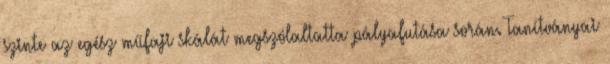
szinte az egész műfaji skálát megszólaltatta pályafutása során. Tanítványai